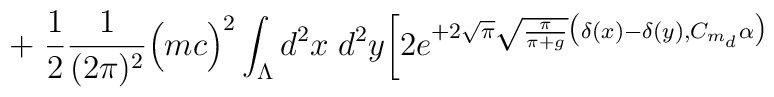
+ \; \frac{1}{2}\frac{1}{(2\pi)^2}\Big( m c \Big)^2 \int_{\Lambda} d^2x \; d^2y\bigg[2e^{ + 2 \sqrt{\pi} \sqrt{\frac{\pi}{\pi+g}}\big( \delta(x)-\delta(y), C_{m_d} \alpha \big)}